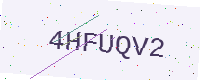
Text: 4HFUQV2